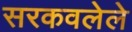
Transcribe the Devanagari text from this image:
सरकवलेले